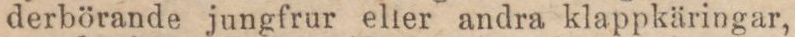
derbörande jungfrur elier andra klappkäringar,